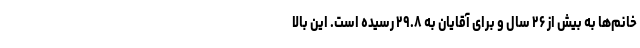
خانم‌ها به بیش از ۲۶ سال و برای آقایان به ۲۹.۸ رسیده است. این بالا